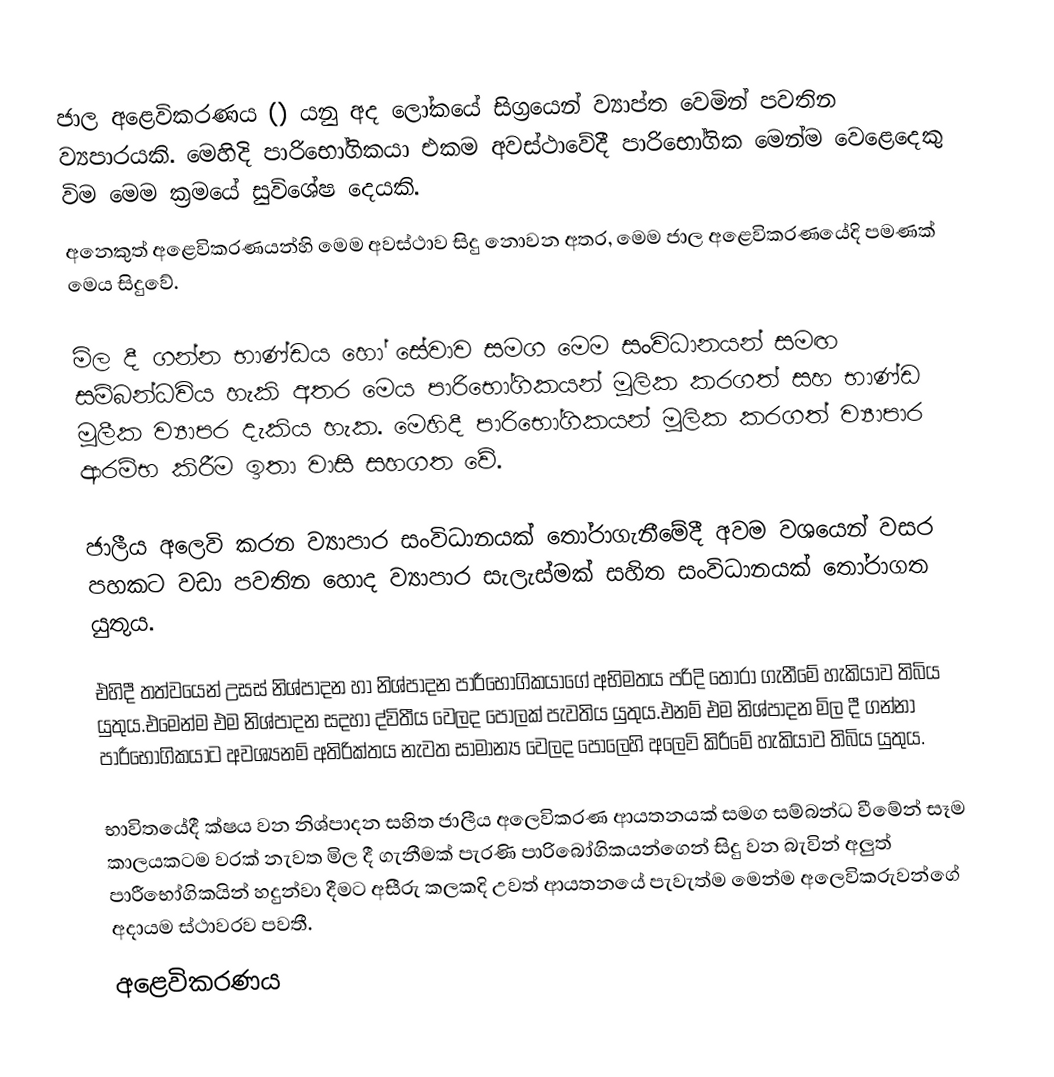
ජාල අළෙවිකරණය () යනු අද ලෝකයේ සිග්‍රයෙන් ව්‍යාප්ත වෙමින් පවතින ව්‍යපාරයකි. මෙහිදි  පාරිභෝගිකයා එකම අවස්ථාවේදී පාරිභෝගික මෙන්ම වෙළෙදෙකු විම මෙම ක්‍රමයේ සුවිශේෂ දෙයකි.
අනෙකුත් අළෙවිකරණයන්හි මෙම අවස්ථාව සිදු නොවන අතර, මෙම ජාල අළෙවිකරණයේදි පමණක් මෙය සිදුවේ.

මිල දී ගන්න භාණ්ඩය හෝ සේවාව සමග මෙම සංවිධානයන් සමඟ සම්බන්ධවිය හැකි අතර මෙය පාරිභෝගිකයන් මූලික කරගත් සහ භාණ්ඩ මූලීක ව්‍යාපර දැකිය හැක. මෙහිදී පාරිභෝගිකයන් මූලික කරගත් ව්‍යාපාර ආරම්භ කිරීම ඉතා වාසි සහගත වේ.

ජාලීය අලෙවි කරන ව්‍යාපාර සංවිධානයක් තෝරාගැනීමේදී අවම වශයෙන් වසර පහකට වඩා පවතින හොද ව්‍යාපාර සැලැස්මක් සහිත සංවිධානයක් තෝරාගත යුතුය.

එහිදී තත්වයෙන් උසස් නිශ්පාදන හා නිශ්පාදන පාරීභෝගිකයාගේ අභිමතය පරිදි තෝරා ගැනීමේ හැකියාව තිබිය යුතුය.එමෙන්ම එම නිශ්පාදන සදහා ද්විතීය වෙලද පොලක් පැවතිය යුතුය.එනම් එම නිශ්පාදන මිල දී ගන්නා පාරීභෝගිකයාට අවශ්‍යනම් අතිරික්තය නැවත සාමාන්‍ය වෙලද පොලෙහි අලෙවි කිරීමේ හැකියාව තිබිය යුතුය.

භාවිතයේදී ක්ෂය වන නිශ්පාදන සහිත ජාලීය අලෙවිකරණ ආයතනයක් සමග සම්බන්ධ වීමේන් සෑම කාලයකටම වරක් නැවත මිල දී ගැනීමක් පැරණි පාරිබෝගිකයන්ගෙන් සිදු වන බැවින් අලුත් පාරීභෝගිකයින් හදුන්වා දීමට අසීරු කලකදි උවත් ආයතනයේ පැවැත්ම මෙන්ම අලෙවිකරුවන්ගේ අදායම ස්ථාවරව පවතී.
අළෙවිකරණය